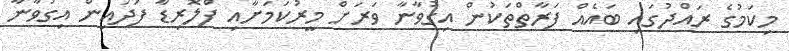
މިކަމުގެ ރައްދުގައި ބައެއް ފަރާތްތަކުން އިގުވާނާ ވަރަށް މީރުކަމަށާއި ފްލޮރިޑާ ފަދައިން އިގުވާނާ